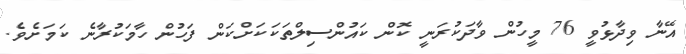
އޭނާ ވިދާޅުވީ 76 މީހުން ވާދަކުރަނީ ކޮން ކައުންސިލްތަކަކަށްކަން ފަހުން ހާމަކުރާނެ ކަމަށެވެ.